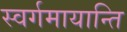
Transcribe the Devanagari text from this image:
स्वर्गमायान्ति